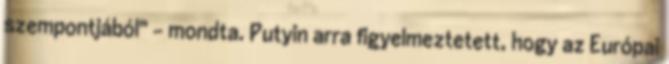
szempontjából" - mondta. Putyin arra figyelmeztetett, hogy az Európai